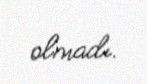
olmadı.